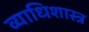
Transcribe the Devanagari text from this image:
व्याधिशास्त्र